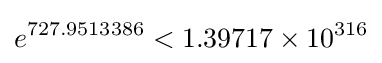
e^{727.9513386}<1.39717\times 10^{316}